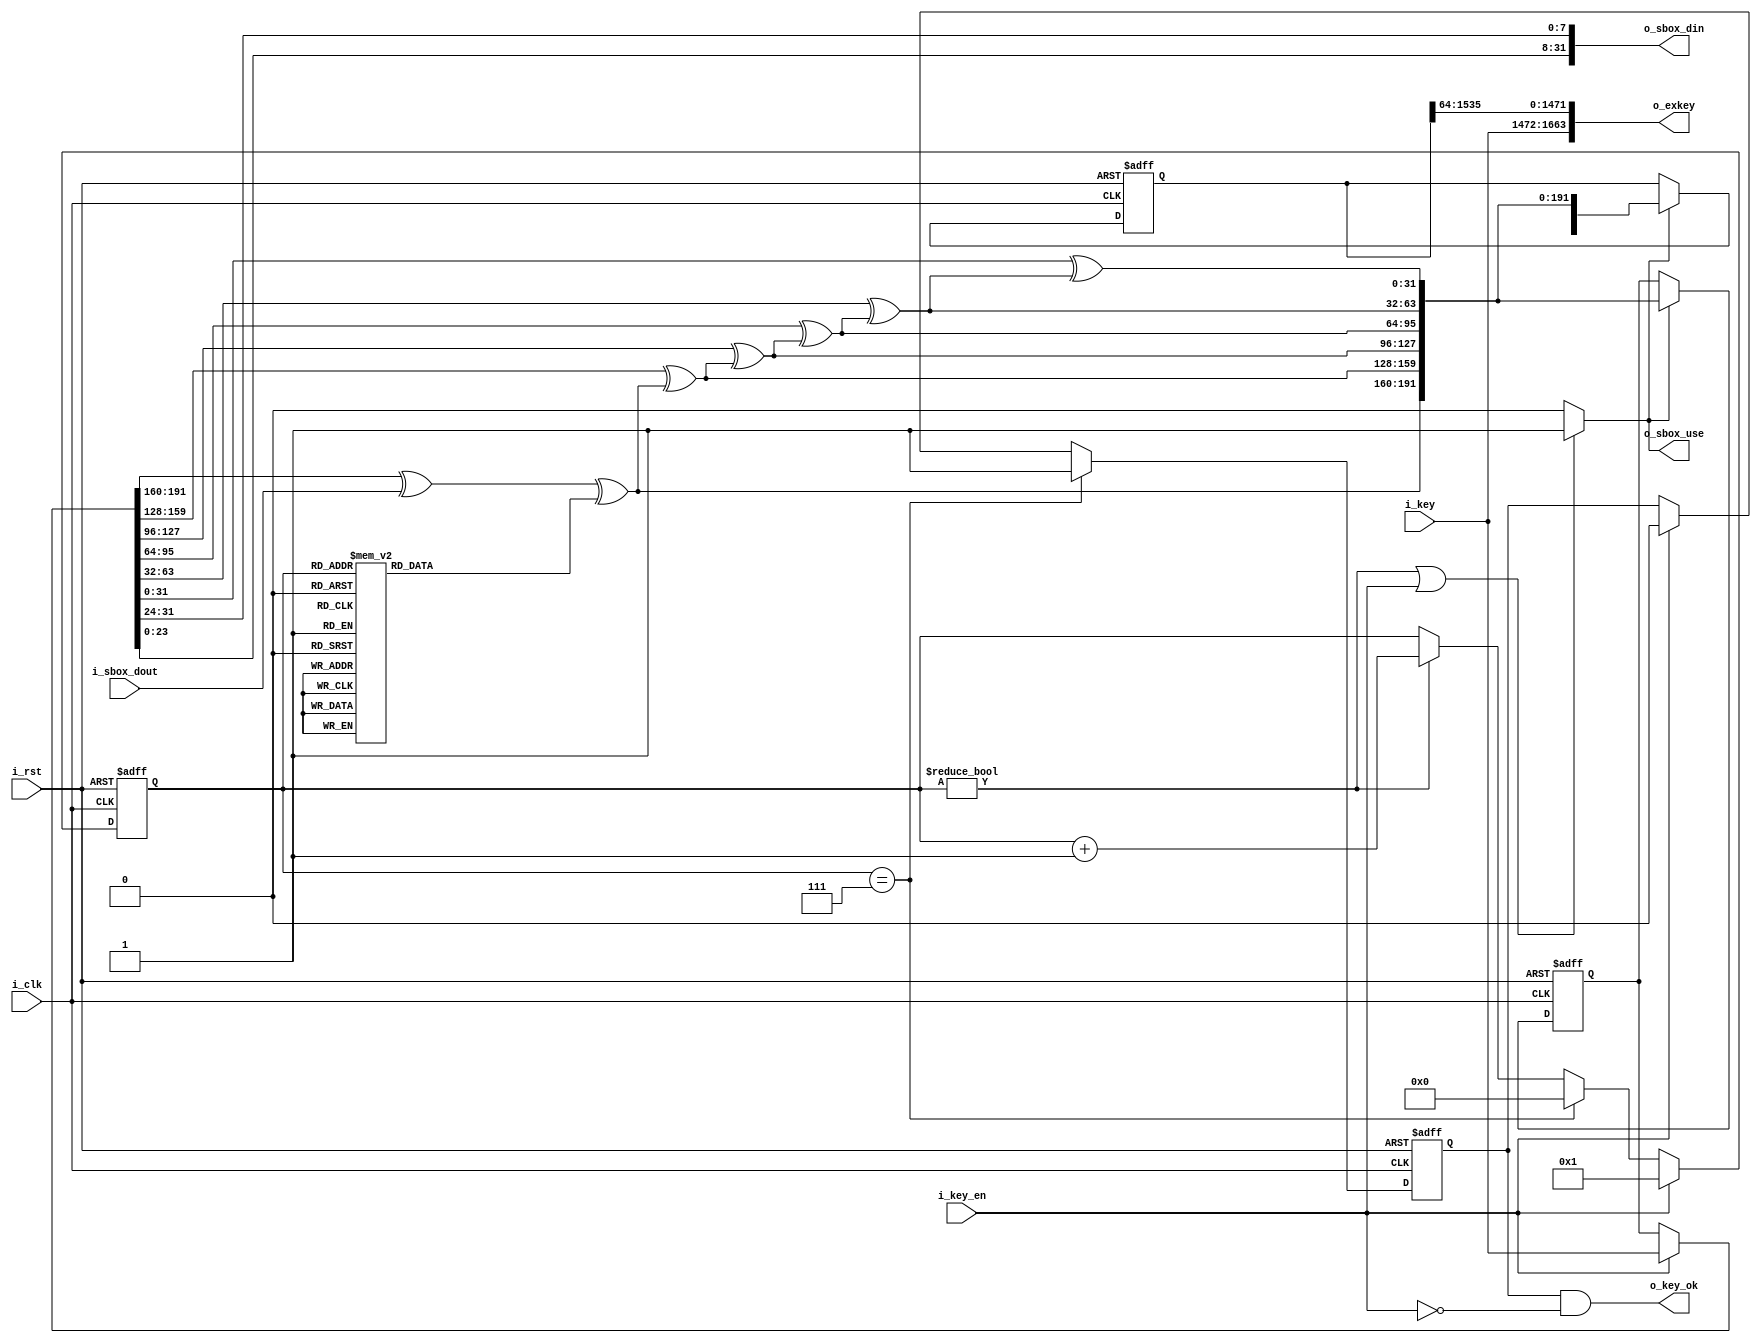
/*  
Copyright 2019 XCrypt Studio                
																	 
Licensed under the Apache License, Version 2.0 (the "License");         
you may not use this file except in compliance with the License.        
You may obtain a copy of the License at                                 
																	 
 http://www.apache.org/licenses/LICENSE-2.0                          
																	 
Unless required by applicable law or agreed to in writing, software    
distributed under the License is distributed on an "AS IS" BASIS,       
WITHOUT WARRANTIES OR CONDITIONS OF ANY KIND, either express or implied.
See the License for the specific language governing permissions and     
limitations under the License.                                          
*/  

// ------------------------------------------------------------------------------
// Function         :   AES-192 Cryptographic Algorithm Core Caculate Round KEY 
// ------------------------------------------------------------------------------
// Version            v-1.0
// ------------------------------------------------------------------------------

`timescale 1ns / 1ps

module aes192_keyex(
	input 				i_clk,
	input 				i_rst,
	input  [191:0]	 	i_key,		//key
	input 				i_key_en,	//key init flag
	output [128*13-1:0]	o_exkey,  	//round key(52 words)
	output 				o_key_ok,  	//key init ok
	output				o_sbox_use,
	output [31:0]		o_sbox_din,
	input  [31:0]		i_sbox_dout
	);
	
	localparam DLY = 1;
	
	wire   [191:0]	s_key;
	reg    [191:0]	r_key;
	reg	  [1535:0]	r_exkey;  //192*8
	reg 	 [3:0]	r_count;
	reg 			r_key_ok;
	wire 			s_busy;
	wire   [191:0]	s_exk;
	reg 	[31:0]	r_rcon;
	
	//round left shift
	function [31:0] ROL;
		input [31:0] D;
		begin
			ROL = {D[23:0],D[31:24]};
		end
	endfunction
	
	always@(*) begin
		case(r_count) 
			4'd0: r_rcon = 32'h01000000;
			4'd1: r_rcon = 32'h02000000;
			4'd2: r_rcon = 32'h04000000;
			4'd3: r_rcon = 32'h08000000;
			4'd4: r_rcon = 32'h10000000;
			4'd5: r_rcon = 32'h20000000;
			4'd6: r_rcon = 32'h40000000;
			4'd7: r_rcon = 32'h80000000;
			4'd8: r_rcon = 32'h1B000000;
			4'd9: r_rcon = 32'h36000000;
			default: r_rcon = 32'b0;
		endcase
	end
	
	assign s_key = i_key_en ? i_key : r_key;
	//left shift 1|2 bits
	assign o_sbox_use = s_busy;
	assign o_sbox_din = ROL(s_key[31:0]);
	//
	assign s_exk[191:160] = s_key[191:160]^i_sbox_dout^r_rcon;
	assign s_exk[159:128] = s_key[159:128]^s_exk[191:160];
	assign s_exk[127:96]  = s_key[127:96]^s_exk[159:128];
	assign s_exk[95:64]   = s_key[95:64]^s_exk[127:96];
	assign s_exk[63:32]   = s_key[63:32]^s_exk[95:64];
	assign s_exk[31:0]    = s_key[31:0]^s_exk[63:32];
	
	always@(posedge i_clk or posedge i_rst) begin
		if(i_rst)
			r_key <= #DLY 192'b0;
		else if(s_busy)
			r_key <= #DLY s_exk;
	end	
	
	always@(posedge i_clk or posedge i_rst) begin
		if(i_rst) begin
			r_exkey <= #DLY 1536'b0;
		end else if(s_busy)begin
			r_exkey <= #DLY {r_exkey[192*7-1:0],s_exk};
		end
	end	
	
	always@(posedge i_clk or posedge i_rst) begin
		if(i_rst)
			r_count <= #DLY 4'd0;
		else if(i_key_en)
			r_count <= #DLY 4'd1;
		else if(r_count ==4'd7)
			r_count <= #DLY 4'd0;
		else if(r_count!=4'd0)
			r_count <= #DLY r_count + 4'd1;
	end
	
	assign s_busy = ((r_count!=5'd0)||(i_key_en==1'b1)) ? 1'b1 : 1'b0;
	
	always@(posedge i_clk or posedge i_rst) begin
		if(i_rst)
			r_key_ok <= #DLY 1'b0;
		else if(r_count==4'd7)
			r_key_ok <= #DLY 1'b1;
		else if(i_key_en==1'b1)
			r_key_ok <= #DLY 1'b0;
	end

	assign o_key_ok = r_key_ok&(~i_key_en);
	assign o_exkey = {i_key,r_exkey[1535:64]};	
	
endmodule